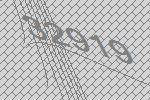
32919